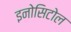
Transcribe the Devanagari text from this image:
इनोसिटोल